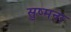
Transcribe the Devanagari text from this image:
सुष्मना